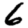
Digit: 6